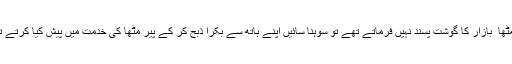
پیر مٹھا ؒ بازار کا گوشت پسند نہیں فرماتے تھے تو سوہنا سائیں اپنے ہاتھ سے بکرا ذبح کر کے پیر مٹھاؒ کی خدمت میں پیش کیا کرتے تھے۔